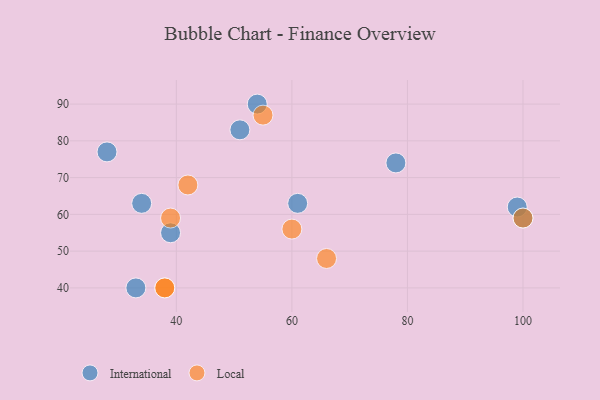
{"axis": {"x": "GDP", "y": "Life Expectancy"}, "legend": ["International", "Local"], "data": [{"x": "28", "y": 77, "type": "International"}, {"x": "34", "y": 63, "type": "International"}, {"x": "61", "y": 63, "type": "International"}, {"x": "99", "y": 62, "type": "International"}, {"x": "39", "y": 55, "type": "International"}, {"x": "51", "y": 83, "type": "International"}, {"x": "33", "y": 40, "type": "International"}, {"x": "78", "y": 74, "type": "International"}, {"x": "54", "y": 90, "type": "International"}, {"x": "100", "y": 59, "type": "International"}, {"x": "42", "y": 68, "type": "Local"}, {"x": "39", "y": 59, "type": "Local"}, {"x": "100", "y": 59, "type": "Local"}, {"x": "66", "y": 48, "type": "Local"}, {"x": "38", "y": 40, "type": "Local"}, {"x": "55", "y": 87, "type": "Local"}, {"x": "38", "y": 40, "type": "Local"}, {"x": "60", "y": 56, "type": "Local"}]}